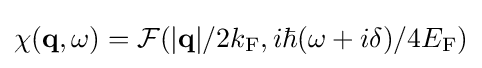
\chi (\mathbf {q} ,\omega )={\mathcal {F}}(|\mathbf {q} |/2k_{\mathrm {F} },i\hbar (\omega +i\delta )/4E_{\mathrm {F} })